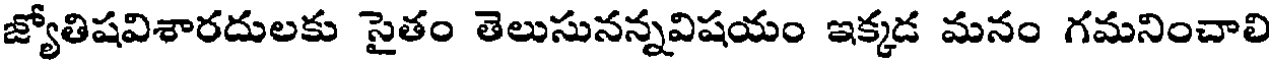
జ్యోతిషవిశారదులకు సైతం తెలుసునన్నవిషయం ఇక్కడ మనం గమనించాలి